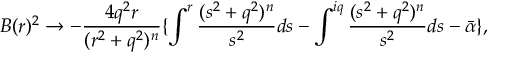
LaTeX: B ( r ) ^ { 2 } \rightarrow - \frac { 4 q ^ { 2 } r } { ( r ^ { 2 } + q ^ { 2 } ) ^ { n } } \lbrace \int ^ { r } \frac { ( s ^ { 2 } + q ^ { 2 } ) ^ { n } } { s ^ { 2 } } d s - \int ^ { i q } \frac { ( s ^ { 2 } + q ^ { 2 } ) ^ { n } } { s ^ { 2 } } d s - \bar { \alpha } \rbrace ,